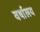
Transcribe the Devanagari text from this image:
वर्षालय